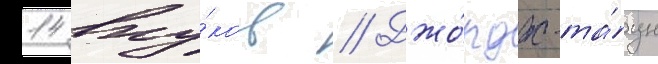
14 вну́ков // Джо́рдж-та́ун